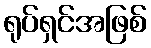
ရုပ်ရှင်အဖြစ်